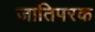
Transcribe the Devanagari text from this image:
जातिपरक